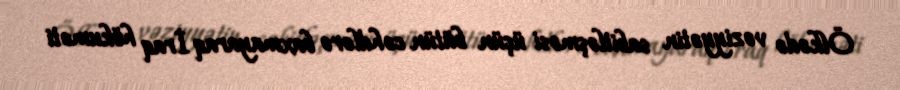
Ölkədə vəziyyətin sabitləşməsi üçün bütün cəhdlərə baxmayaraq İraq hökuməti